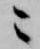
ニ